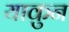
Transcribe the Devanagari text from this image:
याकुन